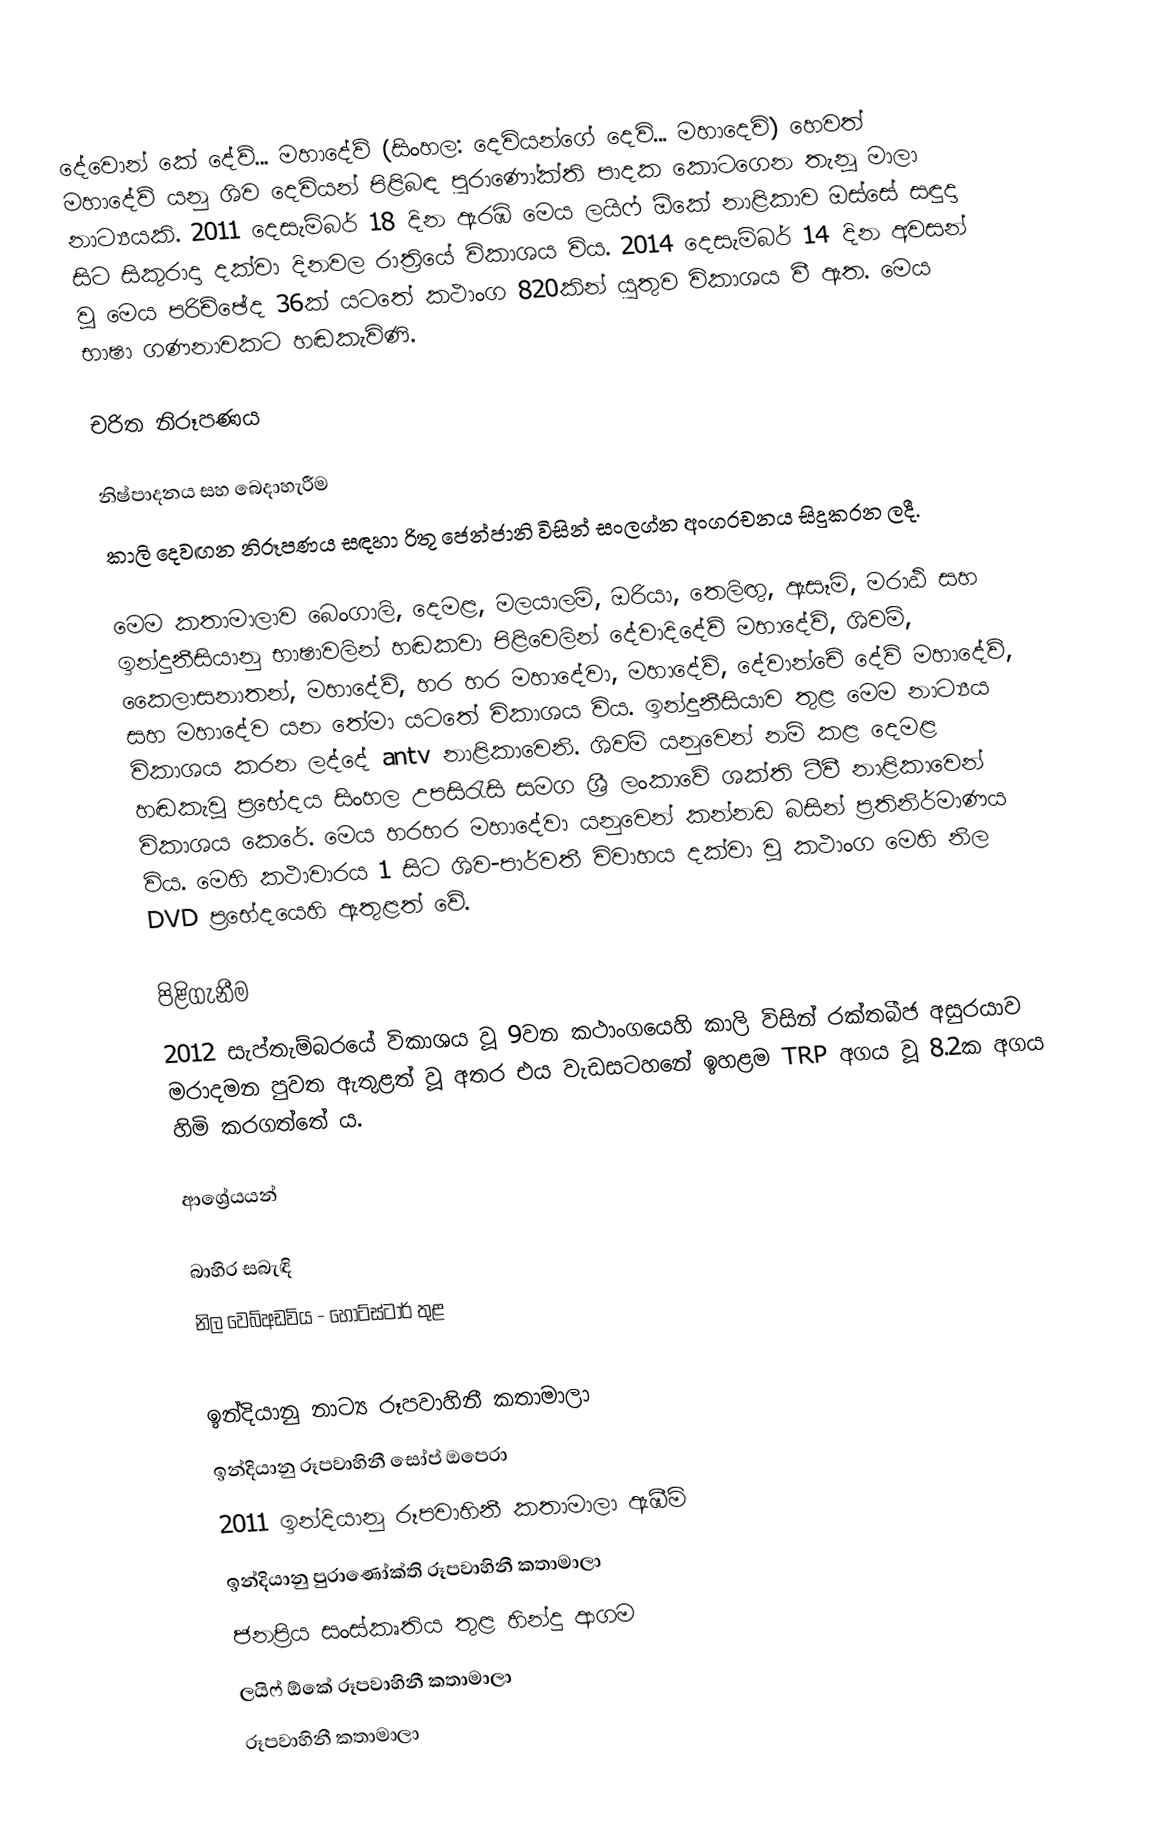
දේවොන් කේ දේව්... මහාදේව් (සිංහල: දෙවියන්ගේ දෙවි... මහාදෙවි) හෙවත් මහාදේව් යනු ශිව දෙවියන් පිළිබඳ පුරාණෝක්ති පාදක කොටගෙන තැනූ මාලා නාට්‍යයකි. 2011 දෙසැම්බර් 18 දින ඇරඹි මෙය ලයිෆ් ඕකේ නාළිකාව ඔස්සේ සඳුදා සිට සිකුරාදා දක්වා දිනවල රාත්‍රියේ විකාශය විය. 2014 දෙසැම්බර් 14 දින අවසන් වූ මෙය පරිච්ඡේද 36ක් යටතේ කථාංග 820කින් යුතුව විකාශය වී ඇත. මෙය භාෂා ගණනාවකට හඬකැවිණි.

චරිත නිරූපණය

නිෂ්පාදනය සහ බෙදාහැරීම
කාලි දෙවඟන නිරූපණය සඳහා රිතූ ජෙන්ජානි විසින් සංලග්න අංගරචනය සිදුකරන ලදී.

මෙම කතාමාලාව බෙංගාලි, දෙමළ, මලයාලම්, ඔරියා, තෙලිඟු, ඇසෑමි, මරාඨි සහ ඉන්දුනීසියානු භාෂාවලින් හඬකවා පිළිවෙලින් දේවාදිදේව් මහාදේව්, ශිවම්, කෛලාසනාතන්, මහාදේව්, හර හර මහාදේවා, මහාදේව්, දේවාන්චේ දේව් මහාදේව්, සහ මහාදේව යන තේමා යටතේ විකාශය විය. ඉන්දුනීසියාව තුළ මෙම නාට්‍යය විකාශය කරන ලද්දේ antv නාළිකාවෙනි. ශිවම් යනුවෙන් නම් කළ දෙමළ හඬකැවූ ප්‍රභේදය සිංහල උපසිරැසි සමග ශ්‍රී ලංකාවේ ශක්ති ටීවී නාළිකාවෙන් විකාශය කෙරේ. මෙය හරහර මහාදේවා යනුවෙන් කන්නඩ බසින් ප්‍රතිනිර්මාණය විය. මෙහි කථාවාරය 1 සිට ශිව-පාර්වතී විවාහය දක්වා වූ කථාංග මෙහි නිල DVD ප්‍රභේදයෙහි ඇතුළත් වේ.

පිළිගැනීම
2012 සැප්තැම්බරයේ විකාශය වූ 9වන කථාංගයෙහි කාලි විසින් රක්තබීජ අසුරයාව මරාදමන පුවත ඇතුළත් වූ අතර එය වැඩසටහනේ ඉහළම TRP අගය වූ 8.2ක අගය හිමි කරගත්තේ ය.

ආශ්‍රේයයන්

බාහිර සබැඳි
 නිල වෙබ්අඩවිය - හොට්ස්ටාර් තුළ

ඉන්දියානු නාට්‍ය රූපවාහිනී කතාමාලා
ඉන්දියානු රූපවාහිනී සෝප් ඔපෙරා
2011 ඉන්දියානු රූපවාහිනී කතාමාලා ඇඹීම්
ඉන්දියානු පුරාණෝක්ති රූපවාහිනී කතාමාලා
ජනප්‍රිය සංස්කෘතිය තුළ හින්දු ආගම
ලයිෆ් ඕකේ රූපවාහිනී කතාමාලා
රූපවාහිනී කතාමාලා